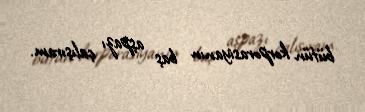
bütün korporasiyanın baş aşpazı çalışıram.